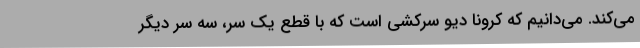
می‌کند. می‌دانیم که کرونا دیو سرکشی است که با قطع یک سر، سه سر دیگر